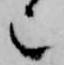
也